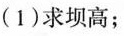
(1)求坝高；